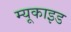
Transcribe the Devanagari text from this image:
म्यूकाइड